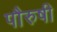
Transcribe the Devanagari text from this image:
पौरुषी